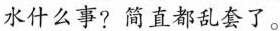
水什么事?简直都乱套了。